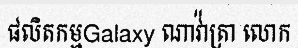
ផលិតកម្មGalaxy ណាវ៉ាត្រា លោក